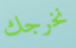
نخرجك